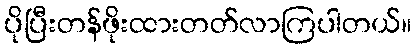
ပိုပြီးတန်ဖိုးထားတတ်လာကြပါတယ်။